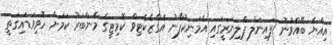
އިއްޔެ ބޭއްވުނު ފައިނަލް ޕްލިނަރީގައި އެމަނިކުފާނު އެގްޒެކެޓިވް ކޮމިޓީގެ މެންބަރު ކަމަށް ހޮވިވަޑައިގަތީ